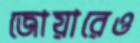
জোয়ারেও